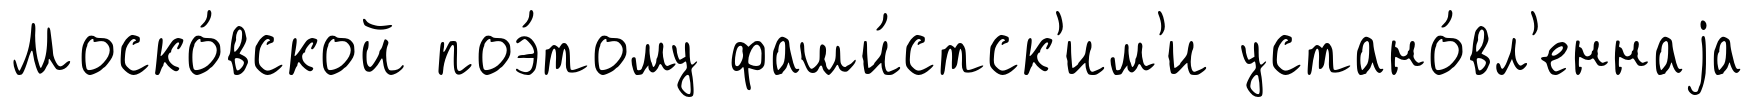
Моско́вской поэ́тому фаши́стск'им'и устано́вл'еннаjа